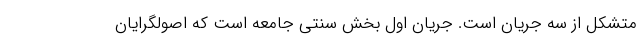
متشکل از سه جریان است. جریان اول بخش سنتی جامعه است که اصولگرایان